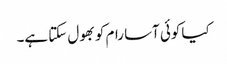
کیا کوئی آسا رام کو بھول سکتا ہے۔